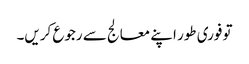
تو فوری طور اپنے معالج سے رجوع کریں۔